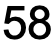
58